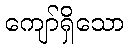
ကျော်ရှိသော